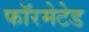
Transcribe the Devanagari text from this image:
फॉरमेटेड